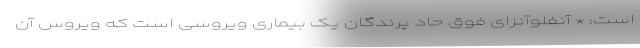
است: * آنفلوآنزای فوق حاد پرندگان یک بیماری ویروسی است که ویروس آن